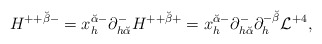
\begin{align*}H^{++ {\breve\beta} -} =x_h^{{\breve\alpha} -} \partial^-_{h {\breve\alpha}} H^{++{\breve\beta} +}= x_h^{{\breve\alpha} -} \partial^-_{h {\breve\alpha}}\partial^{-{\breve\beta}}_h {\cal L}^{+4} ,\end{align*}